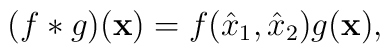
(f * g)(\mathbf{x}) = f(\hat x_1, \hat x_2) g(\mathbf{x}),